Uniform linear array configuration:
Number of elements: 8
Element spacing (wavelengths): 0.75
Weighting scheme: hamming
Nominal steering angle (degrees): -15
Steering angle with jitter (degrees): -15.987
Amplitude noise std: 0.05
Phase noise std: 0.05

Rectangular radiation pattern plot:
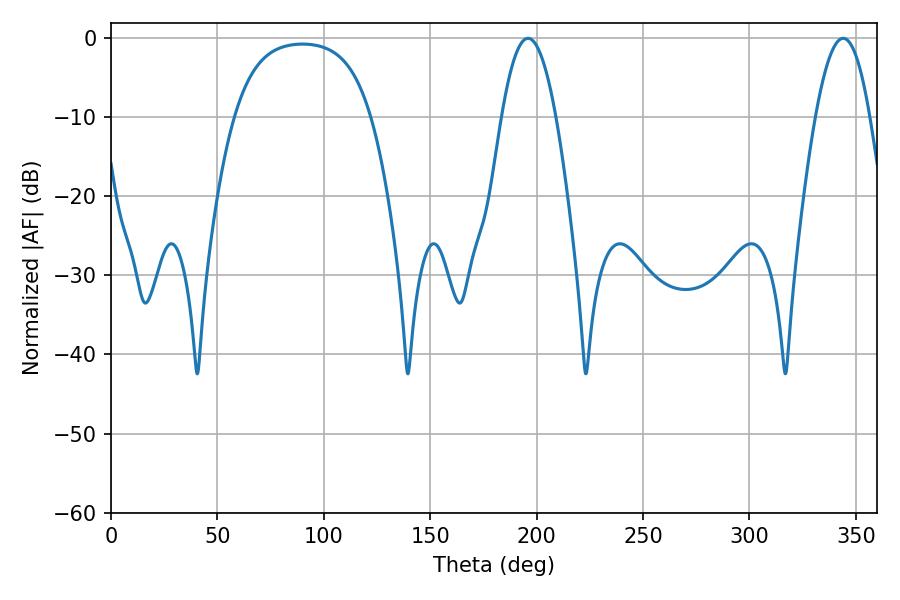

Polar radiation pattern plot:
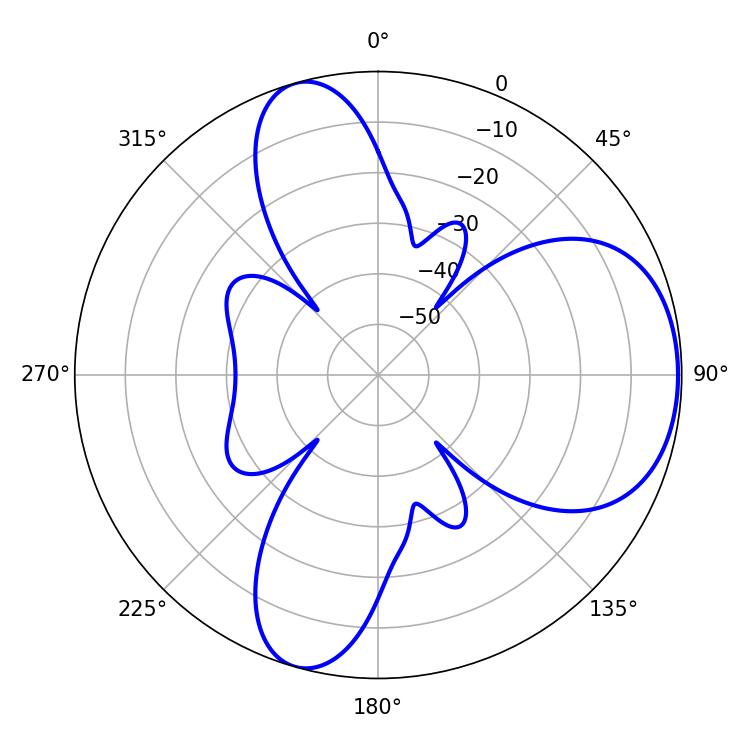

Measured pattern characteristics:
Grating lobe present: TRUE
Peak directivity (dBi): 6.245
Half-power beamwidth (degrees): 14.04
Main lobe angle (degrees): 196.02